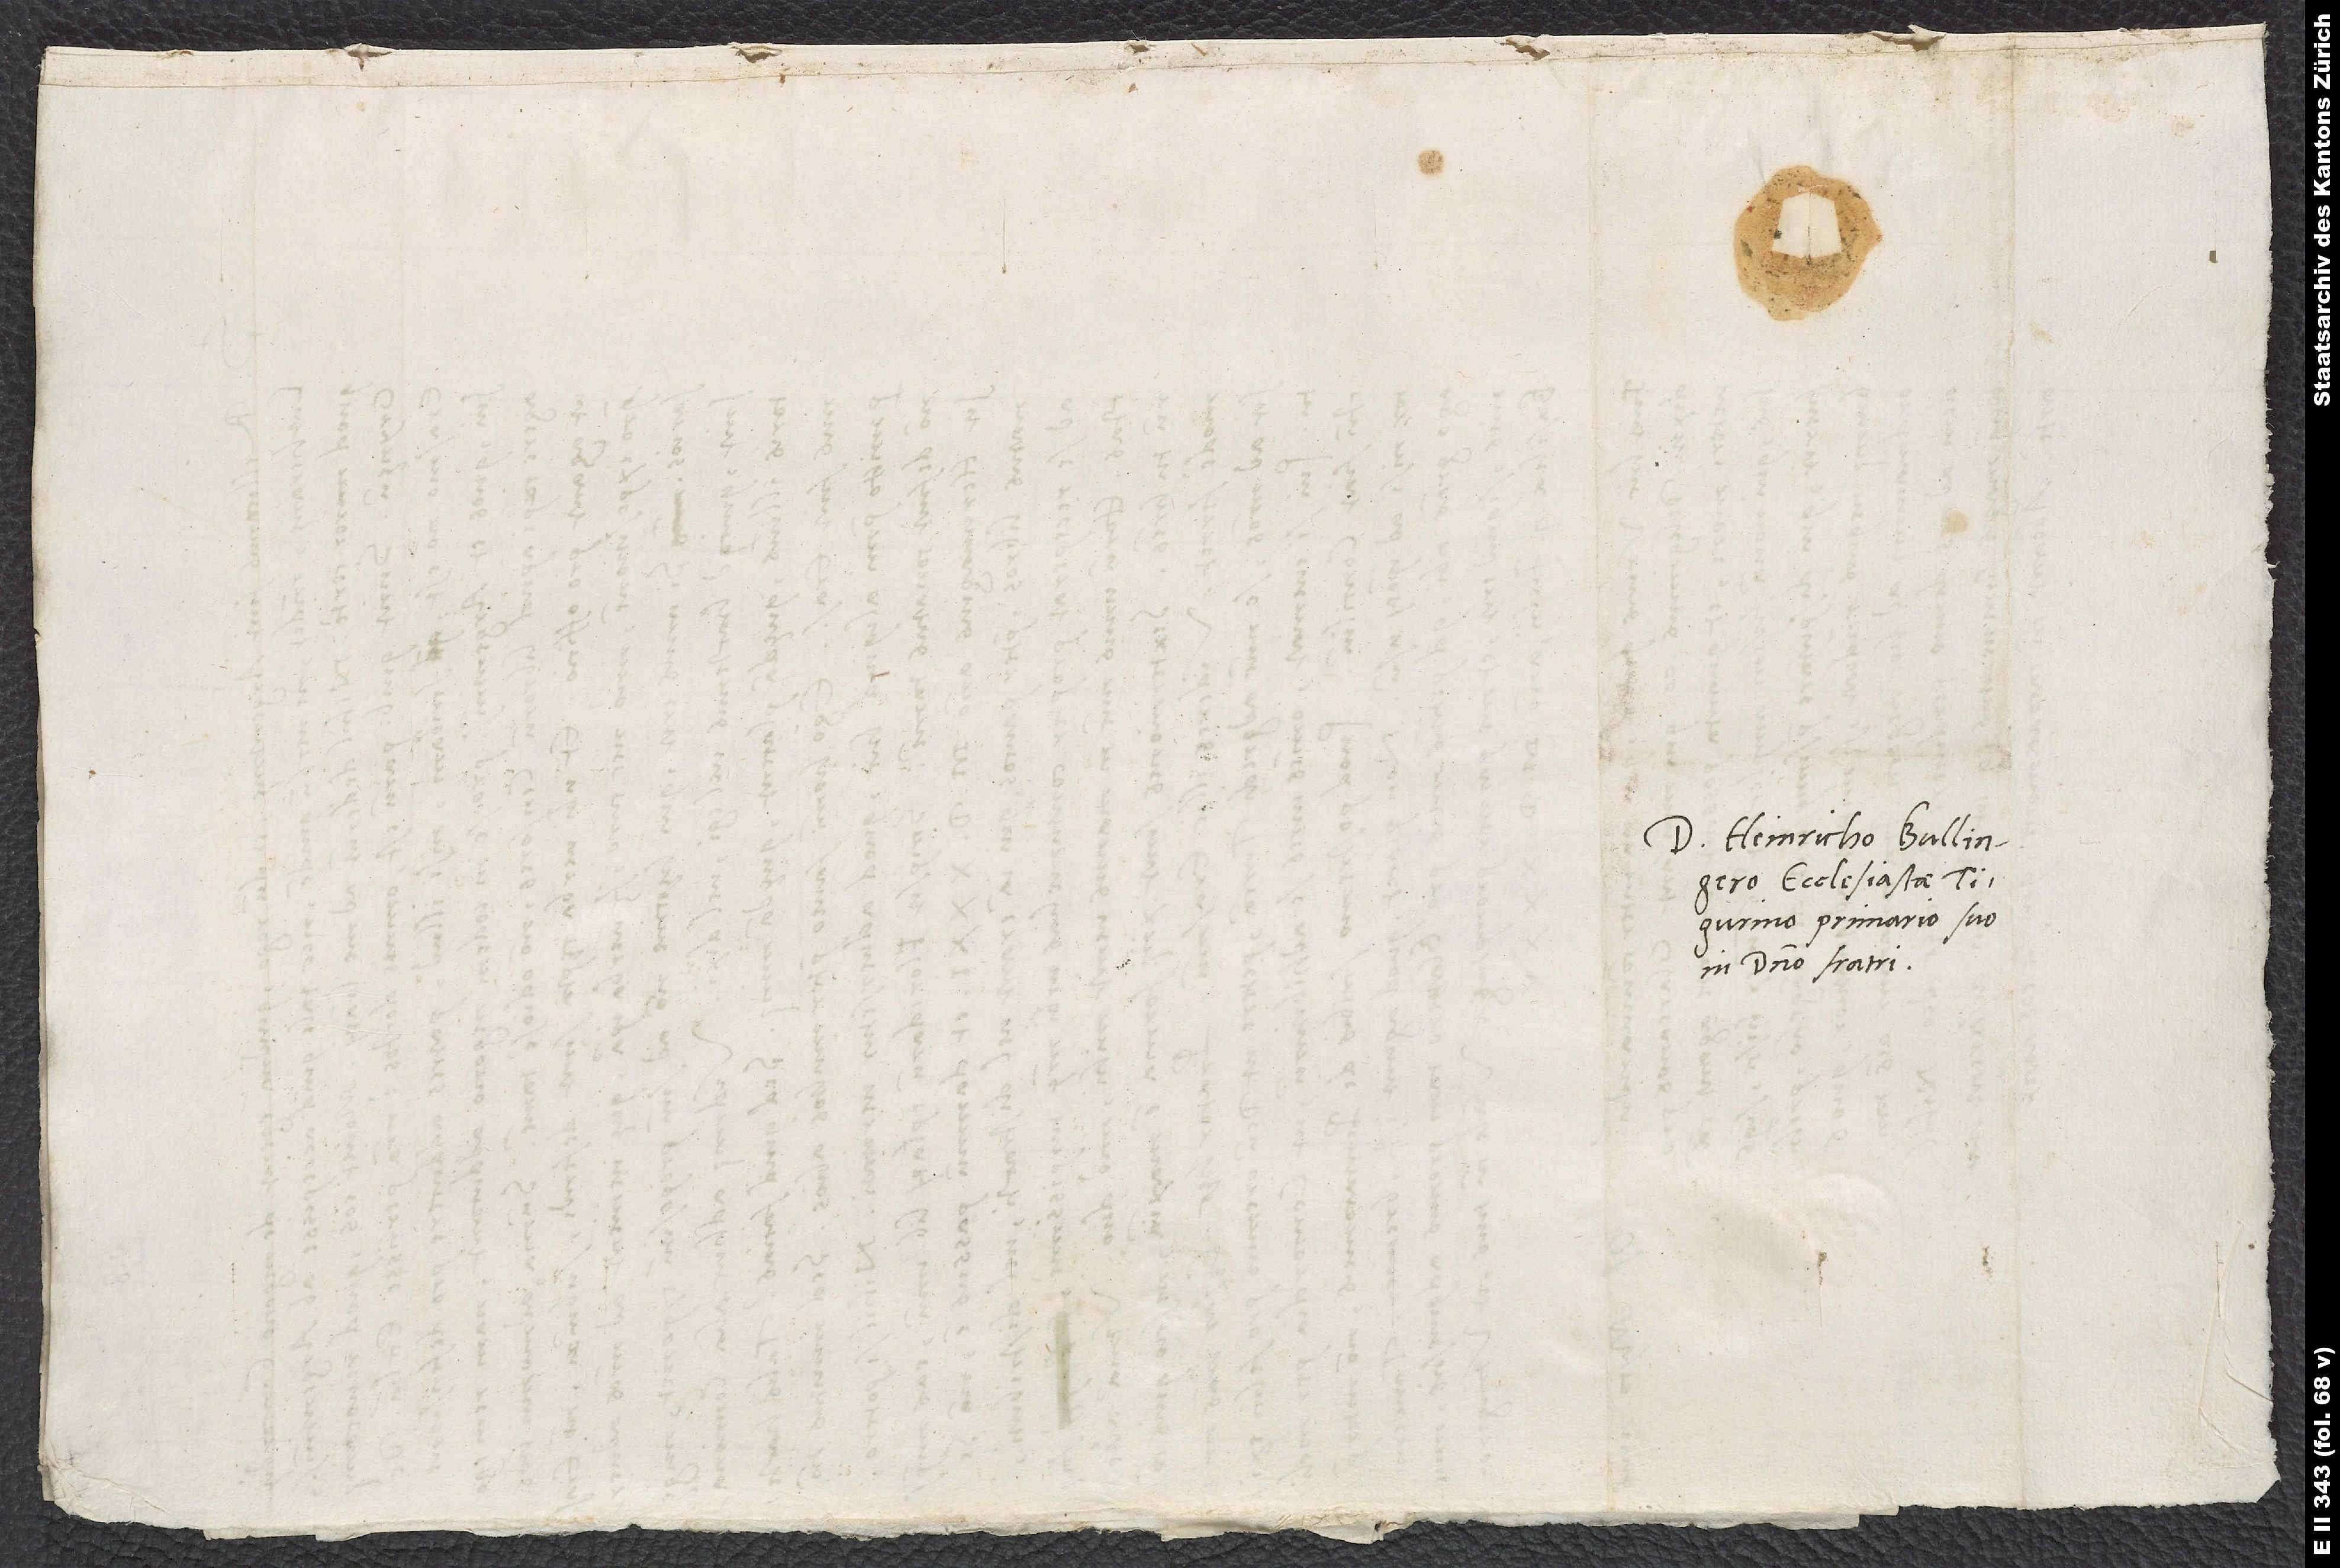
Domino Heinricho Bullingero,
ecclesiastae
Tigurino primario, suo
in domino fratri.